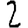
Digit: 2